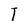
Character: T